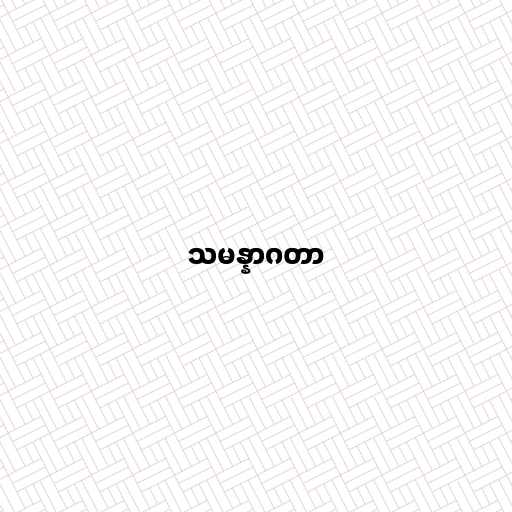
သမန္နာဂတာ